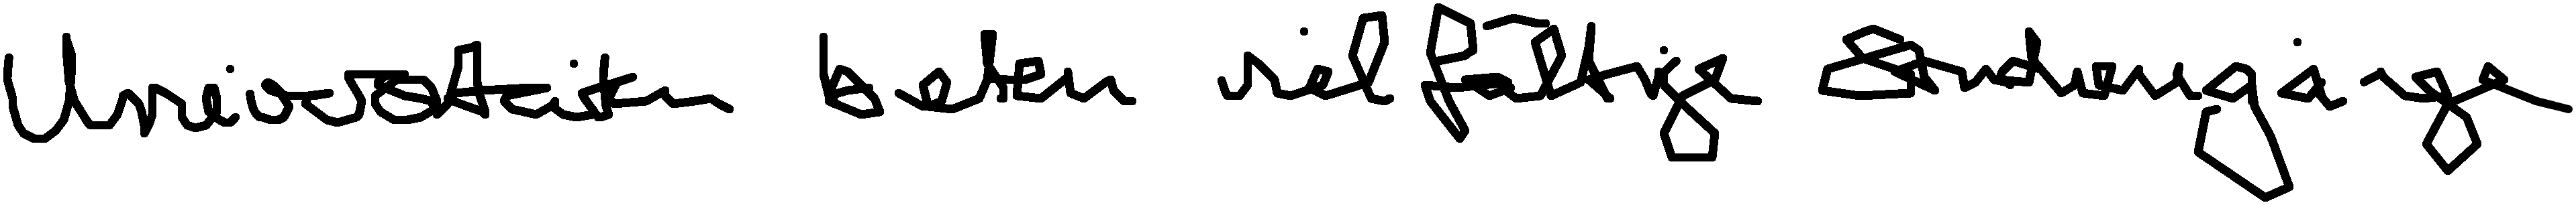
Universitäten bieten vielfältige Studiengänge.